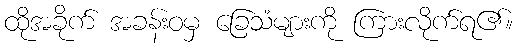
ထိုအခိုက် အခန်းဝမှ ခြေသံများကို ကြားလိုက်ရ၏။